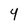
Character: 4